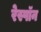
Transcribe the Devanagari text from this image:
रेस्पॉन